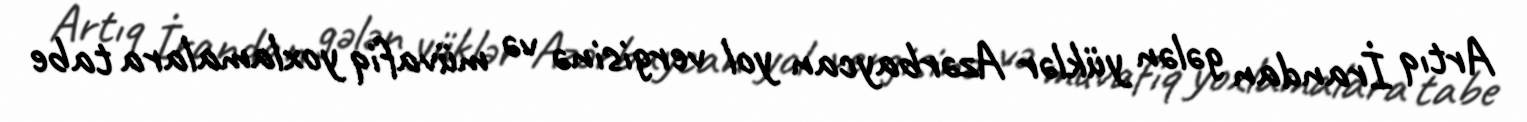
Artıq İrandan gələn yüklər Azərbaycan yol vergisinə və müvafiq yoxlamalara tabe